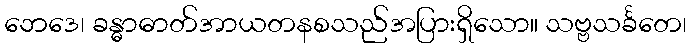
ဘေဒေ၊ ခန္ဓာဓာတ်အာယတနစသည်အပြားရှိသော။ သဗ္ဗသင်္ခတေ၊